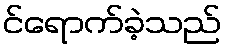
င်ရောက်ခဲ့သည်